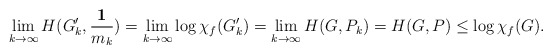
\begin{align*}\lim_{k\rightarrow \infty }H(G^\prime_k,\frac{\mathbf 1}{m_k}) =\lim_{k\rightarrow \infty } \log \chi_f(G^\prime_k) = \lim_{k\rightarrow \infty }H(G,P_k) = H(G,P) \leq \log\chi_f(G).\end{align*}